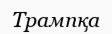
Трампқа